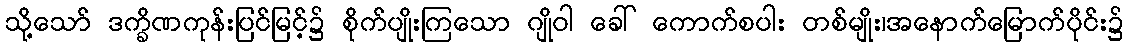
သို့သော် ဒက္ခိဏကုန်းပြင်မြင့်၌ စိုက်ပျိုးကြသော ဂျိုဝါ ခေါ် ကောက်စပါး တစ်မျိုး၊အနောက်မြောက်ပိုင်း၌